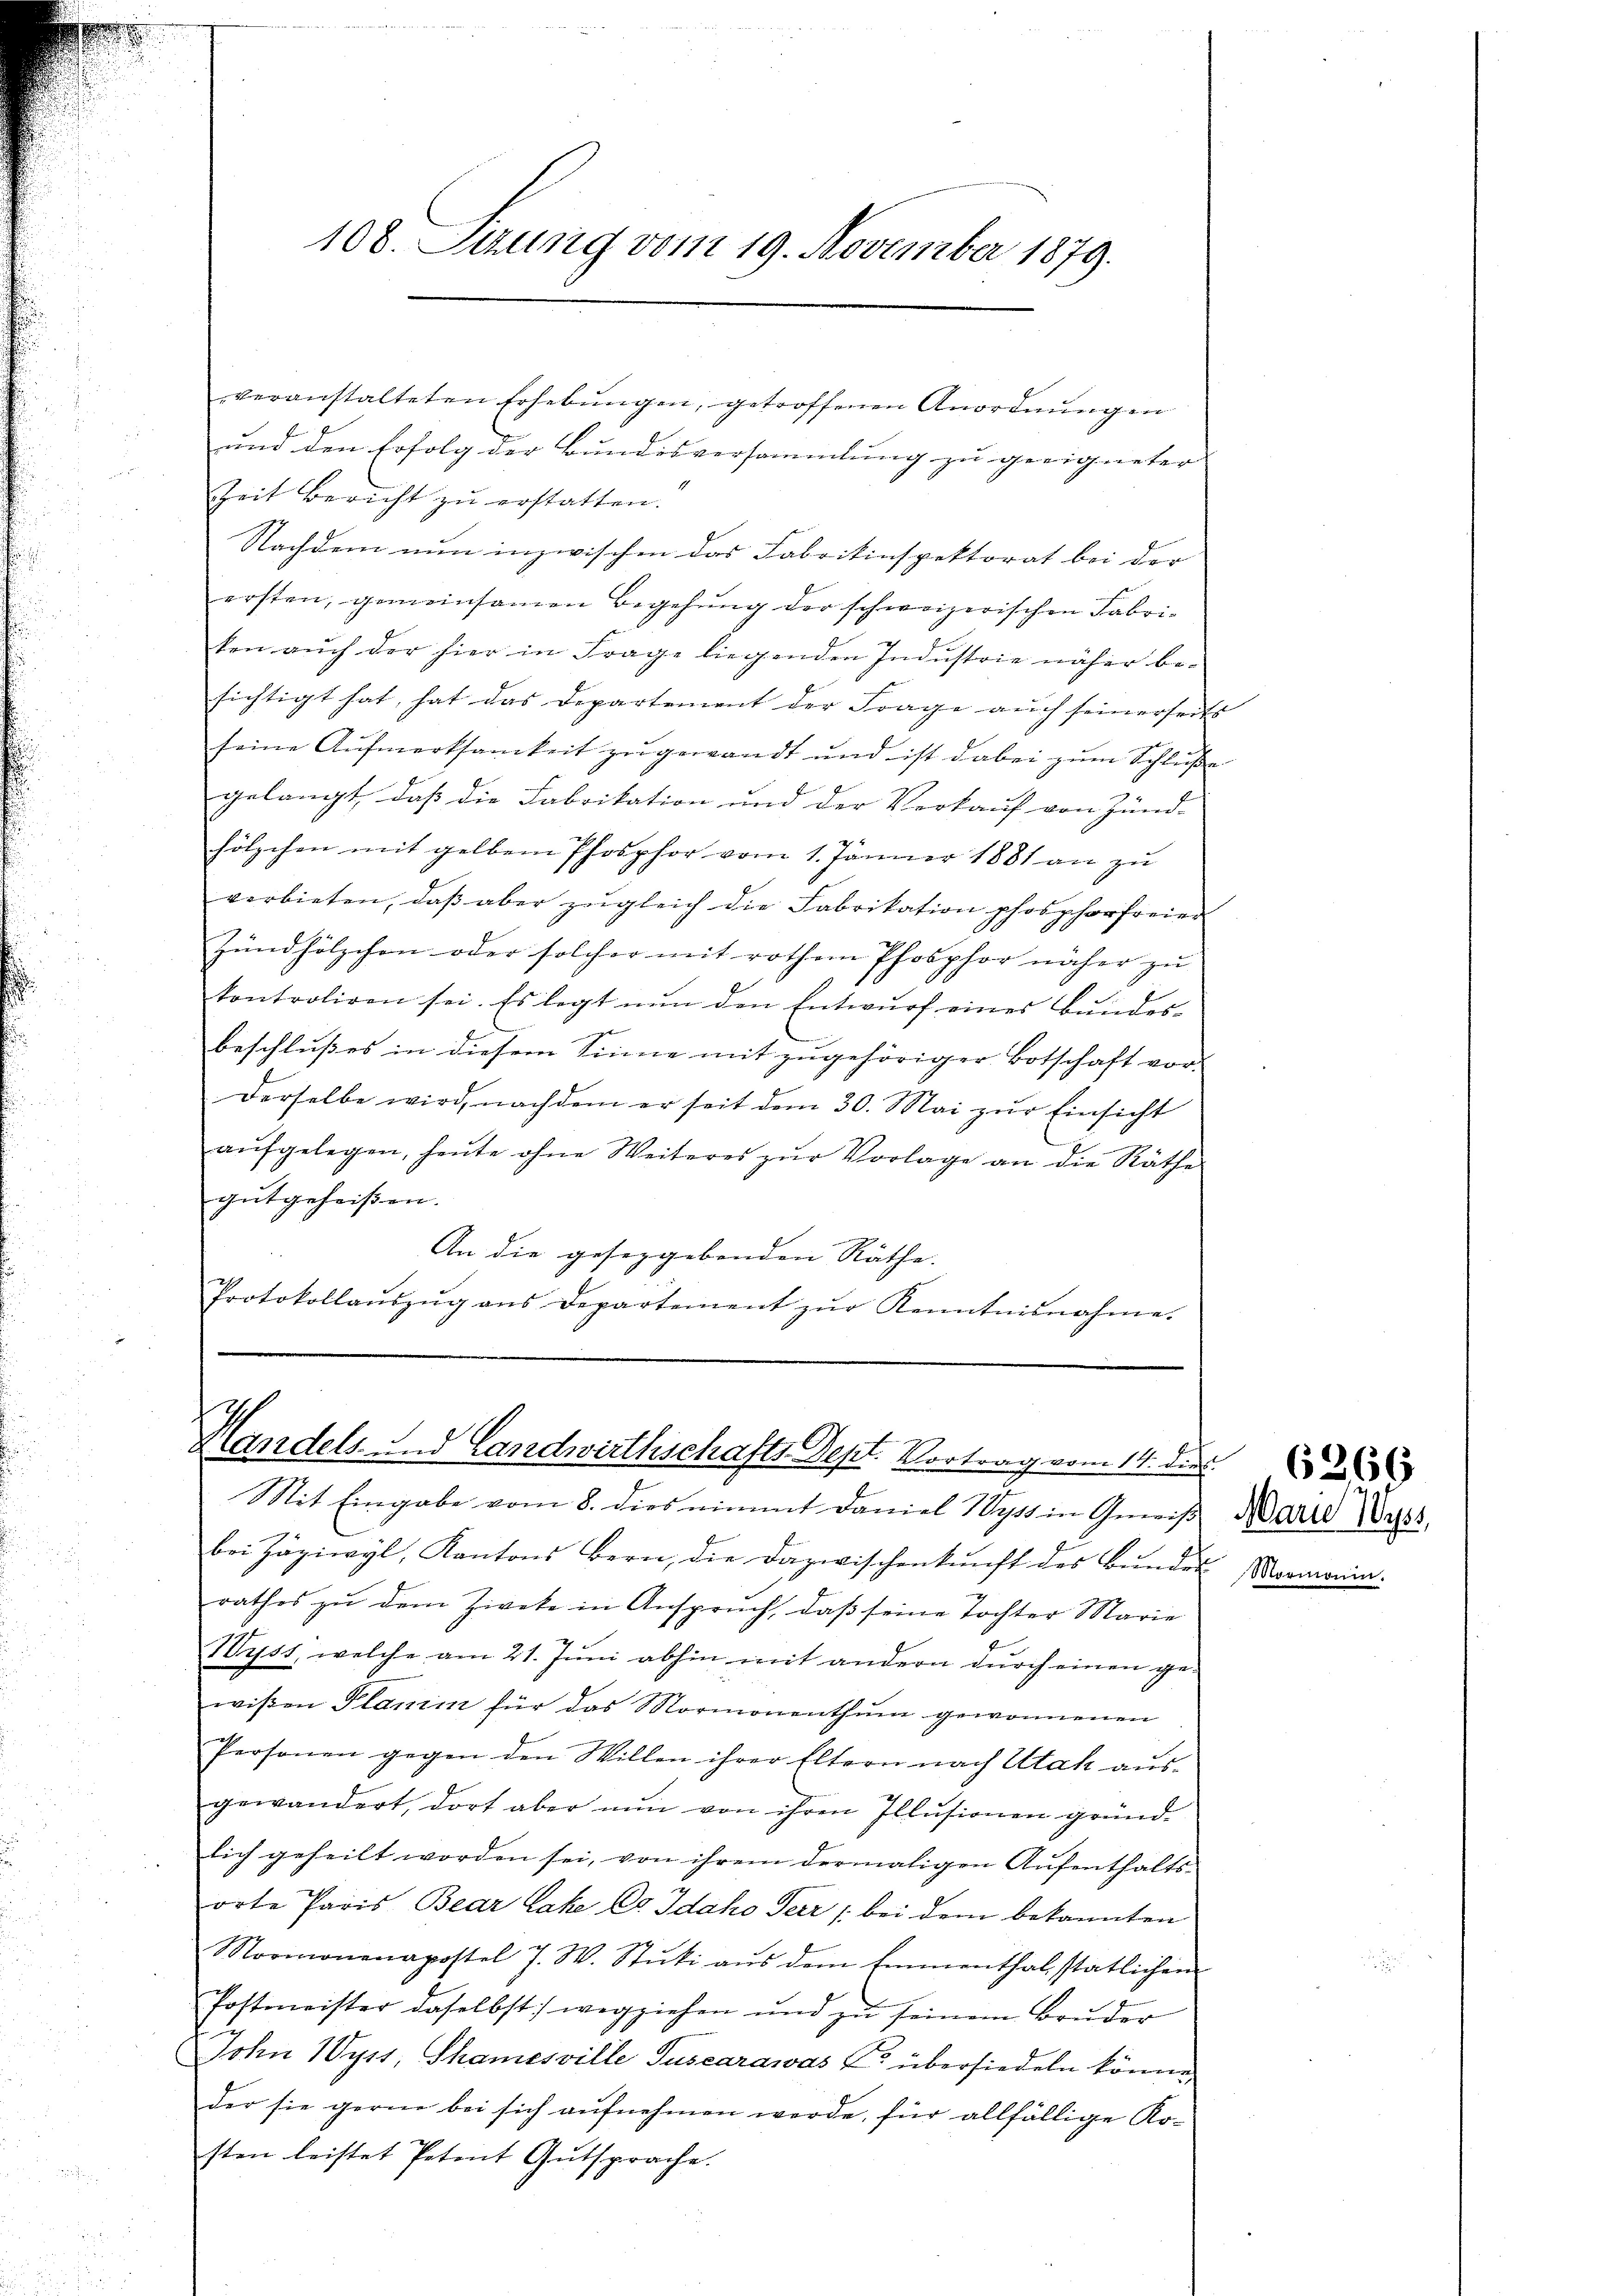
108. Sezung vom 19. November 1879.

veranstalteten Erhebŭngen, getroffenen Anordnungen
und den Erfolg der Bundesversammlung zu geeigneter |
Zeit Bericht zu erstatten.
Nachdem nun inzwischen das Fabrikinspektorat bei der
ersten, gemeinsamen Begehung der schweizerischen Fabriken aŭch der hier in Frage liegenden Industrie näher be-
sichtigt hat, hat das Departement der Frage auch seinerseits
seine Aŭfmerksamkeit zŭ gewandt und ist dabei zŭm Schluße
gelangt, dass die Fabrikation und der Verkauf von Zünd-
z
hölzchen mit gelben Phosphor vom 1. Jänner 1881 an zŭ
verbieten, daß aber zugleich die Fabrikation phosphorfreier
Zündhölzchen oder solcher mit rothen Phosphor näher zu
kontroliren sei. Es legt nŭn den Entwŭrf eines Bŭndes-
beschlußes in diesem Sinne mit zugehöriger Botschaft vor-
Derselbe wird, nachdem er seit dem 30. Mai zŭr Einsicht
aŭfgelegen, heŭte ohne Weiteres zŭr Vorlage an die Räthe
gutgeheißen.
An die gesetzgebenden Räthe
Protokollaŭszŭg ans Departement zŭr Kenntnisnahme.

19
Kandels und Landwirthschafts Sept. Vortrag vom 14. die

Mit Eingabe vom 8. dies nimmt Daniel Wyss in Gewiß
bei Zägiwyl, Kantons Bern, die dazwischenkunft des Bŭndes Marmonia
rathes zŭ dem Zweke in Anspruch, daβ seine Tochter Marie
Wyss, welche am 21. Jŭni abhin mit andern dŭrch einen ge-
wißen Plani für das Mormonenthŭm gewonnenen
Personen gegen den Willen ihrer Eltern nach Utah aus-
gewandert, dort aber nun von ihren Illusionen gründ-
lich geheilt worden sei, von ihrem dermaligen Aufenthaltsorte Paris Bear Lahe Co Idaho Terr ; bei dem bekannten
Mormonenapostel 7. W. Stŭki aŭs dem Emmenthal statlichen
Postmeister daselbst) wegziehen und zŭ seinem Bruder
John Wyss, Shamesville Tuscarawas L. übersiedeln könne,
der sie gerne bei sich aufnehmen werde, für allfällige Kosten leistet Petent Gutsprache.

Marie Wyss,